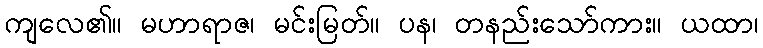
ကျလေ၏။ မဟာရာဇ၊ မင်းမြတ်။ ပန၊ တနည်းသော်ကား။ ယထာ၊